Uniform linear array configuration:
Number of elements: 16
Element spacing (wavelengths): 0.75
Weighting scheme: uniform
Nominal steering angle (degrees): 45
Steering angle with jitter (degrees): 43.148
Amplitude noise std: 0.05
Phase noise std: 0.05

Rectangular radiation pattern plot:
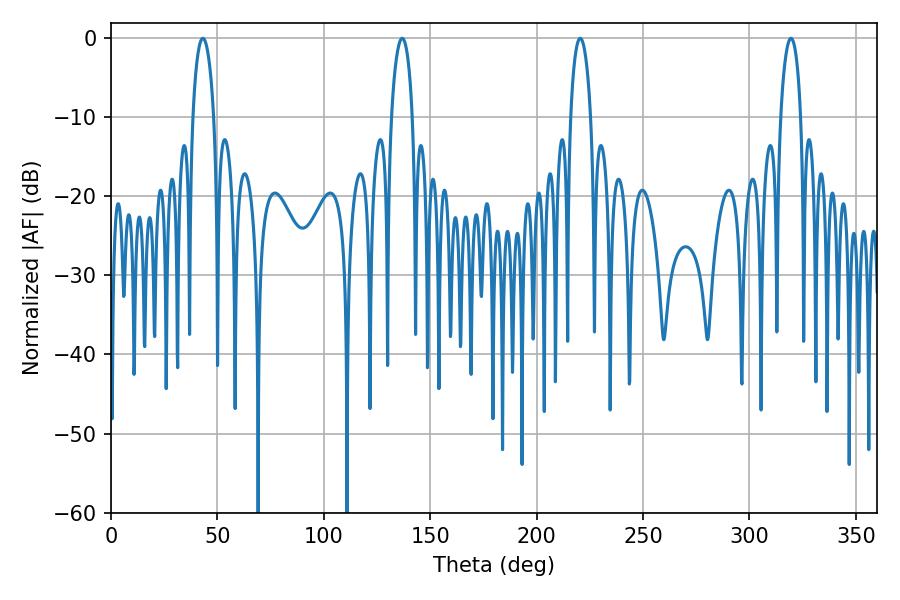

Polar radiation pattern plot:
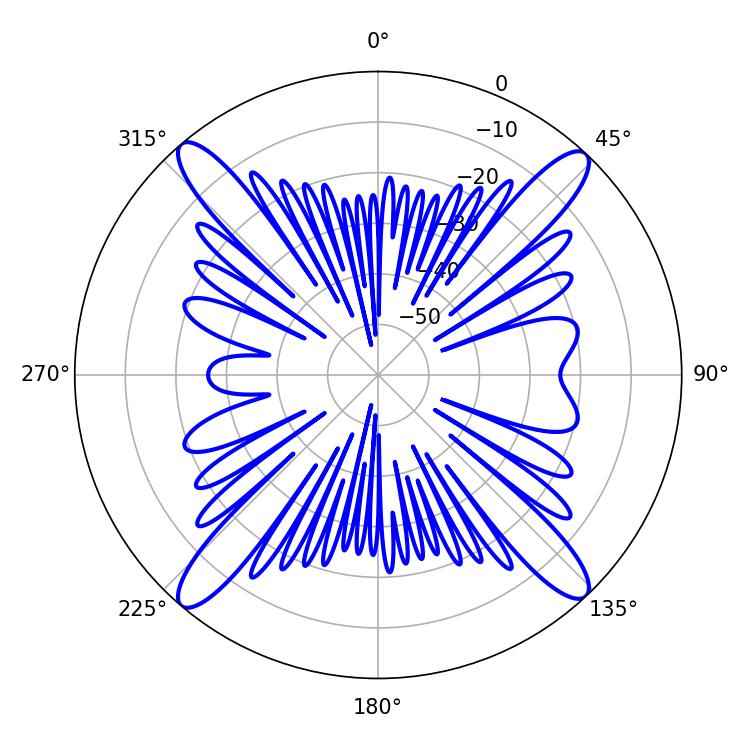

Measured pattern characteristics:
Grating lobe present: TRUE
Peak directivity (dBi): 20.84
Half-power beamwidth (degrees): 5.4
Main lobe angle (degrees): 220.5